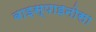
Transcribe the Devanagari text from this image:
बाइस्पाइनोसा